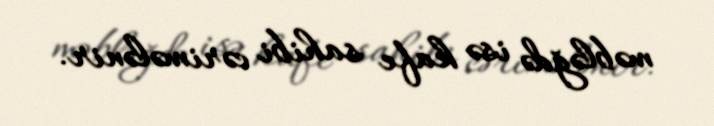
məbləğdə isə kafe sahibi cərimələnir.